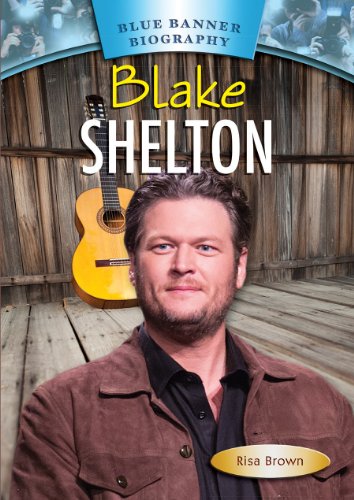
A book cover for Blake Shelton (Blue Banner Biographies); Risa Brown; Teen & Young Adult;